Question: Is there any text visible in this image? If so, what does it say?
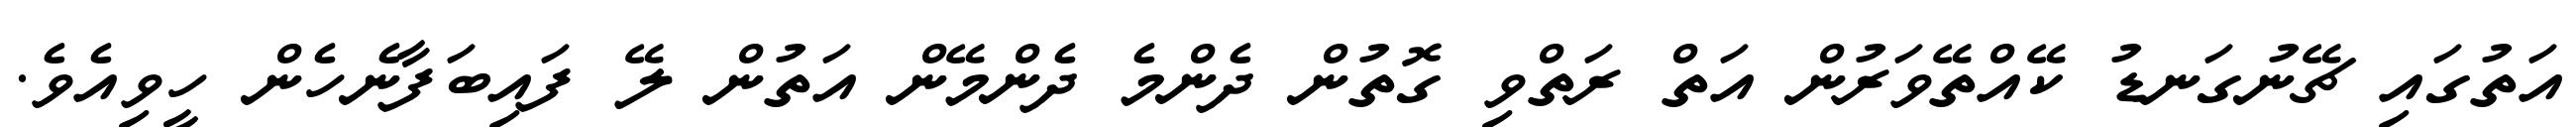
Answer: އަތުގައި ޗޭނުގަނޑު ކޭއްތޭވަރުން އަތް ރަތްވި ގޮތުން ދެންމެ ދެންމޭން އަތުން ލޭ ފައިބަފާނެހެން ހީވިއެވެ.